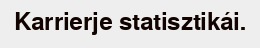
Karrierje statisztikái.